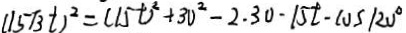
( 1 5 \sqrt { 3 } t ) ^ { 2 } = ( 1 5 t ^ { 2 } ) + 3 0 ^ { 2 } - 2 . 3 0 - 1 5 t - \cos 1 2 0 ^ { \circ }